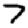
Digit: 7